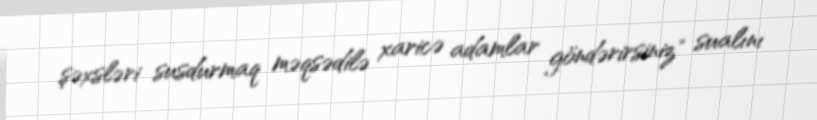
şəxsləri susdurmaq məqsədilə xaricə adamlar göndərirsiniz" sualını